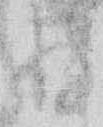
存